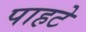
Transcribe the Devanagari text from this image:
पाहटे